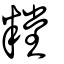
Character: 糛